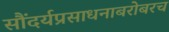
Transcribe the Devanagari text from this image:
सौंदर्यप्रसाधनाबरोबरच